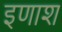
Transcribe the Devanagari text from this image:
इणाश